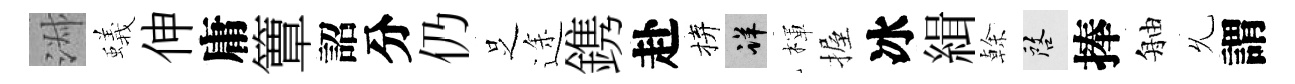
淑蟻伸庸簟詔分仍𠯁途鎸赴拚详楎握冰緝𠏉啓捧舳𠃔謂